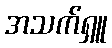
အသက်ရှူ